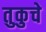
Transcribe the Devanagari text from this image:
तुकुचे